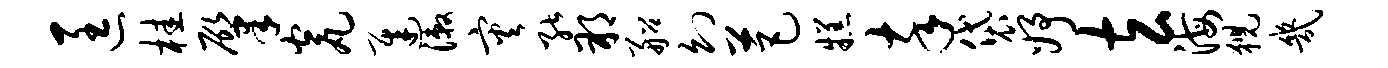
匡桂肇瓮迟漱灾能朔船幻芭糕卒袋妤玄海猊几